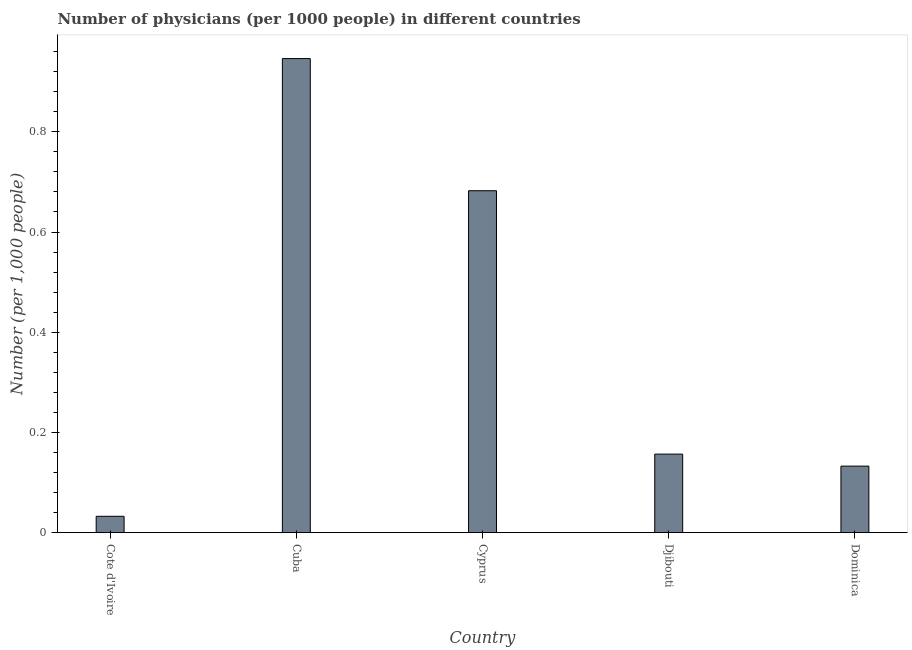
| Country | Physicians |
 | --- | --- |
 | Cote d'Ivoire | 0.0325 |
 | Cuba | 0.946 |
 | Cyprus | 0.682 |
 | Djibouti | 0.157 |
 | Dominica | 0.133 |